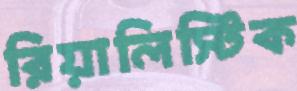
রিয়ালিস্টিক